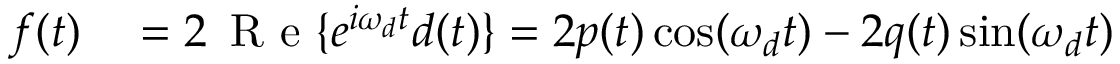
\begin{array} { r l } { f ( t ) } & { { } = 2 \, \mathrm { ~ R ~ e ~ } \{ e ^ { i \omega _ { d } t } d ( t ) \} = 2 p ( t ) \cos ( \omega _ { d } t ) - 2 q ( t ) \sin ( \omega _ { d } t ) } \end{array}